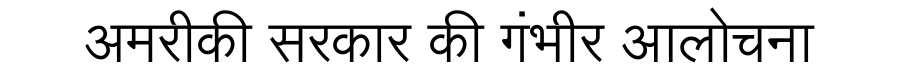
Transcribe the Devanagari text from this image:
अमरीकी सरकार की गंभीर आलोचना